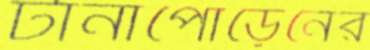
টানাপোড়েনের